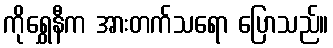
ကိုရွှေနီက အားတက်သရော ပြောသည်။